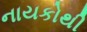
નાયકોથી